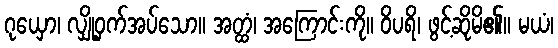
ဂုယှော၊ လျှို့ဝှက်အပ်သော။ အတ္ထံ၊ အကြောင်းကို။ ဝိပရိ၊ ဖွင့်ဆိုမိ၏။ မယံ၊